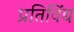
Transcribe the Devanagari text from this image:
प्रतिविंद्य